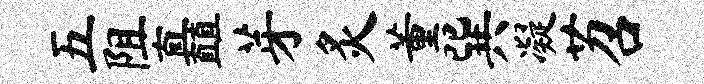
五阻矗芽炙董巽凝苕